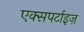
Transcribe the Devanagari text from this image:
एक्सपर्टाइज़